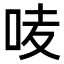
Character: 𠲊